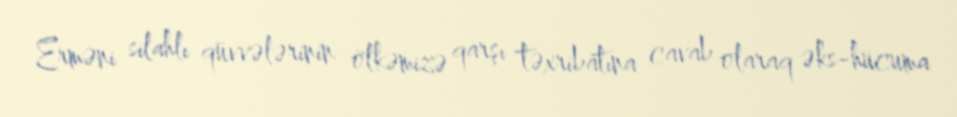
Erməni silahlı qüvvələrinin ölkəmizə qarşı təxribatına cavab olaraq əks-hücuma